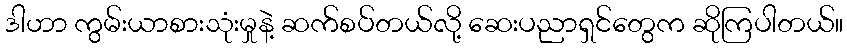
ဒါဟာ ကွမ်းယာစားသုံးမှုနဲ့ ဆက်စပ်တယ်လို့ ဆေးပညာရှင်တွေက ဆိုကြပါတယ်။